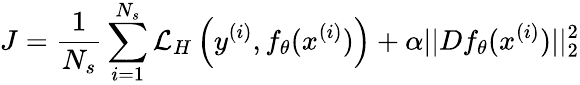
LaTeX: J=\frac{1}{N_{s}}\sum_{i=1}^{N_{s}}\mathcal{L}_{H}\left(y^{(i)},f_{\theta}(x^{(i)})\right)+\alpha||Df_{\theta}(x^{(i)})||_{2}^{2}